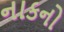
નાકનો